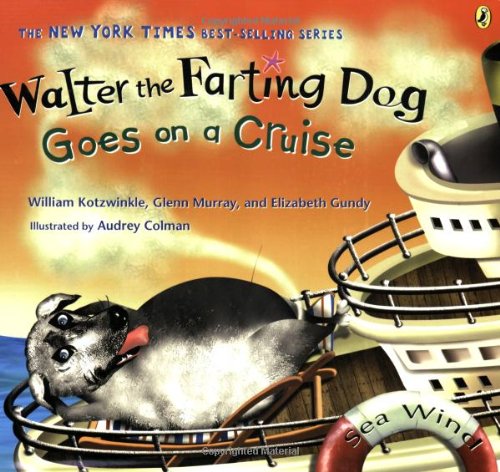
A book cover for Walter the Farting Dog Goes on a Cruise; William Kotzwinkle; Children's Books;